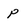
Character: p